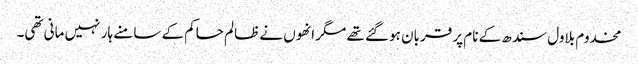
مخدوم بلاول سندھ کے نام پر قربان ہوگئے تھے مگر انھوں نے ظالم حاکم کے سامنے ہار نہیں مانی تھی۔